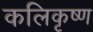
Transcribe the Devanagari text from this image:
कलिकृष्ण